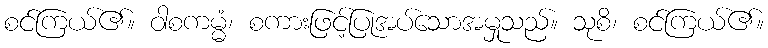
စင်ကြယ်၏။ ဝါစကမ္မံ၊ စကားဖြင့်ပြုအပ်သောအမှုသည်။ သုစိ၊ စင်ကြယ်၏။